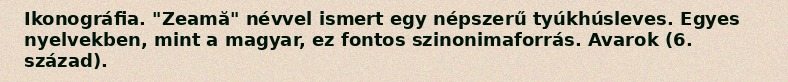
Ikonográfia. "Zeamă" névvel ismert egy népszerű tyúkhúsleves. Egyes nyelvekben, mint a magyar, ez fontos szinonimaforrás. Avarok (6. század).